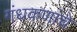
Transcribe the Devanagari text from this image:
गंधकणांचे